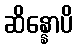
ဆိန္နောပိ